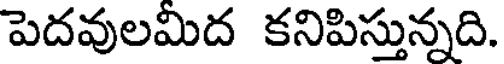
పెదవులమిద కనిపిస్తున్నది.